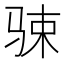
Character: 𱅔